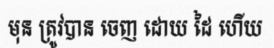
មុន ត្រូវបាន ចេញ ដោយ ដៃ ហើយ